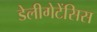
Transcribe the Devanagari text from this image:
डेलीगेटेंसिस